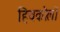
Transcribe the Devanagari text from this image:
हिचकोलों